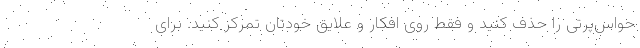
حواس‌پرتی را حذف کنید و فقط روی افکار و علایق خودتان تمرکز کنید. برای